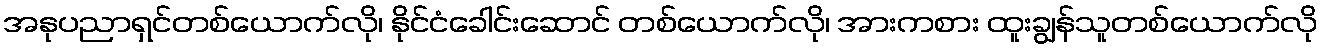
အနုပညာရှင်တစ်ယောက်လို၊ နိုင်ငံခေါင်းဆောင် တစ်ယောက်လို၊ အားကစား ထူးချွန်သူတစ်ယောက်လို